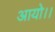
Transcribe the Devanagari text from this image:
आयो।।